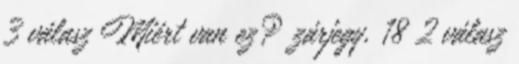
3 válasz Miért van ez? zárjegy, 18 2 válasz